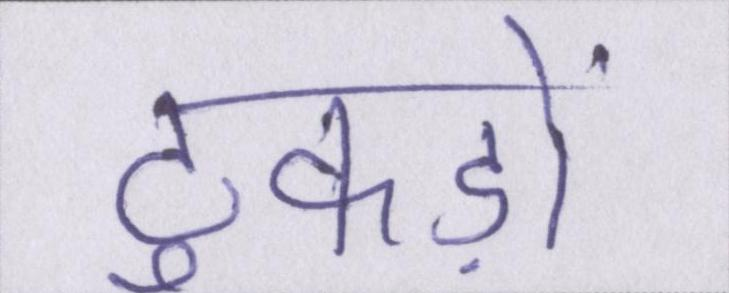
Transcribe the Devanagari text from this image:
टुकड़ों